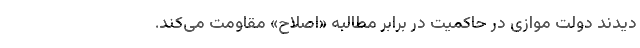
‌‌دیدند دولت موازی در حاکمیت در برابر مطالبه «اصلاح» مقاومت می‌کند.